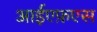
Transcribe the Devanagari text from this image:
आईएफ़एस